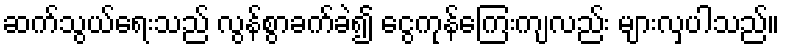
ဆက်သွယ်ရေးသည် လွန်စွာခက်ခဲ၍ ငွေကုန်ကြေးကျလည်း များလှပါသည်။